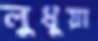
লুধুয়া